Civil Veterinary Department. Madras. Admin. report 1910-25 - 1910-1925
Year: 1910
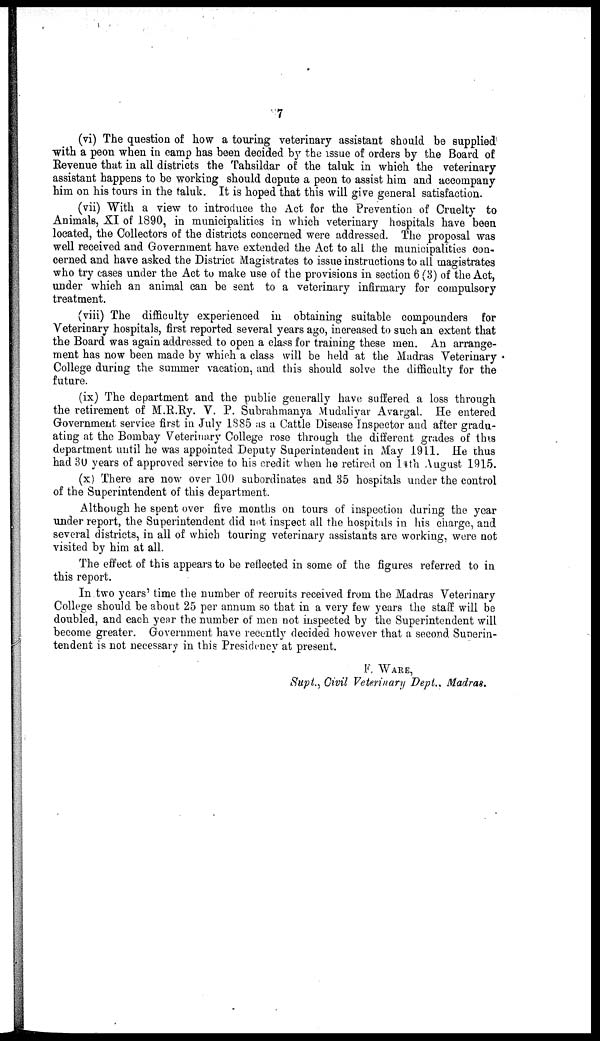
7
(vi) The question of how a touring veterinary assistant should be supplied
with a peon when in camp has been decided by the issue of orders by the Board of
Revenue that in all districts the Tahsildar of the taluk in which the veterinary
assistant happens to be working should depute a peon to assist him and accompany
him on his tours in the taluk. It is hoped that this will give general satisfaction.
(vii) With a view to introduce the Act for the Prevention of Cruelty to
Animals, XI of 1890, in municipalities in which veterinary hospitals have been
located, the Collectors of the districts concerned were addressed. The proposal was
well received and Government have extended the Act to all the municipalities con-
cerned and have asked the District Magistrates to issue instructions to all magistrates
who try cases under the Act to make use of the provisions in section 6 (3) of the Act,
under which an animal can be sent to a veterinary infirmary for compulsory
treatment.
(viii) The difficulty experienced in obtaining suitable compounders for
Veterinary hospitals, first reported several years ago, increased to such an extent that
the Board was again addressed to open a class for training these men. An arrange-
ment has now been made by which a class will be held at the Madras Veterinary
College during the summer vacation, and this should solve the difficulty for the
future.
(ix) The department and the public generally have suffered a loss through
the retirement of M.R.Ry. V. P. Subrahmanya Mudaliyar Avargal. He entered
Government service first in July 1885 as a Cattle Disease Inspector and after gradu-
ating at the Bombay Veterinary College rose through the different grades of this
department until he was appointed Deputy Superintendent in May 1911. He thus
had 30 years of approved service to his credit when he retired on 14 th August 1915.
(x) There are now over 100 subordinates and 35 hospitals under the control
of the Superintendent of this department.
Although he spent over five months on tours of inspection during the year
under report, the Superintendent did not inspect all the hospitals in his charge, and
several districts, in all of which touring veterinary assistants are working, were not
visited by him at all.
The effect of this appears to be reflected in some of the figures referred to in
this report.
In two years' time the number of recruits received from the Madras Veterinary
College should be about 25 per annum so that in a very few years the staff will be
doubled, and each year the number of men not inspected by the Superintendent will
become greater. Government have recently decided however that a second Sunerin-
tendent is not necessary in this Presidency at present.
F. WARE,
Supt., Civil Veterinary Dept ., Madras.